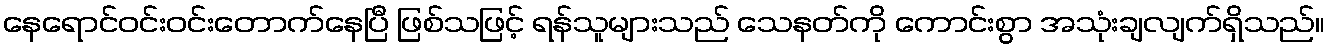
နေရောင်ဝင်းဝင်းတောက်နေပြီ ဖြစ်သဖြင့် ရန်သူများသည် သေနတ်ကို ကောင်းစွာ အသုံးချလျက်ရှိသည်။